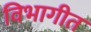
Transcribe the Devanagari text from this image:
विभागीत